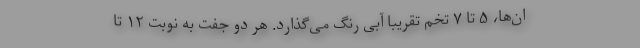
ان‌ها، ۵ تا ۷ تخم تقریباً آبی رنگ می‌گذارد. هر دو جفت به نوبت ۱۲ تا